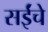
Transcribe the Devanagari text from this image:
सईंचे